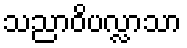
သညာဝိပလ္လာသာ